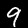
Digit: 9